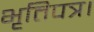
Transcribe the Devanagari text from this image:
भृतिपत्र।